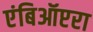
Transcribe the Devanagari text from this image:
एंबिऑप्टरा